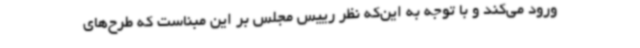
ورود می‌کند و با توجه به این‌که نظر رییس مجلس بر این مبناست که طرح‌های